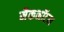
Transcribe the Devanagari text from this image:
मैकनॉटन